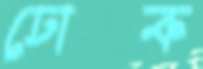
ঢোক